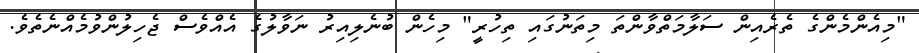
"މިއެންމެންގެ ތެރެއިން ސަލާމަތްވާންތަ މިތަނުގައި ތިހުރީ" މިހެން ބުނެލިއިރު ނަވާލުގެ އެއްވެސް ޖެހިލުންވުމެއްނެތެވެ.